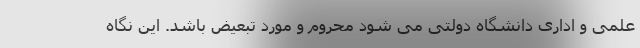
علمی و اداری دانشگاه دولتی می شود محروم و مورد تبعیض باشد. این نگاه